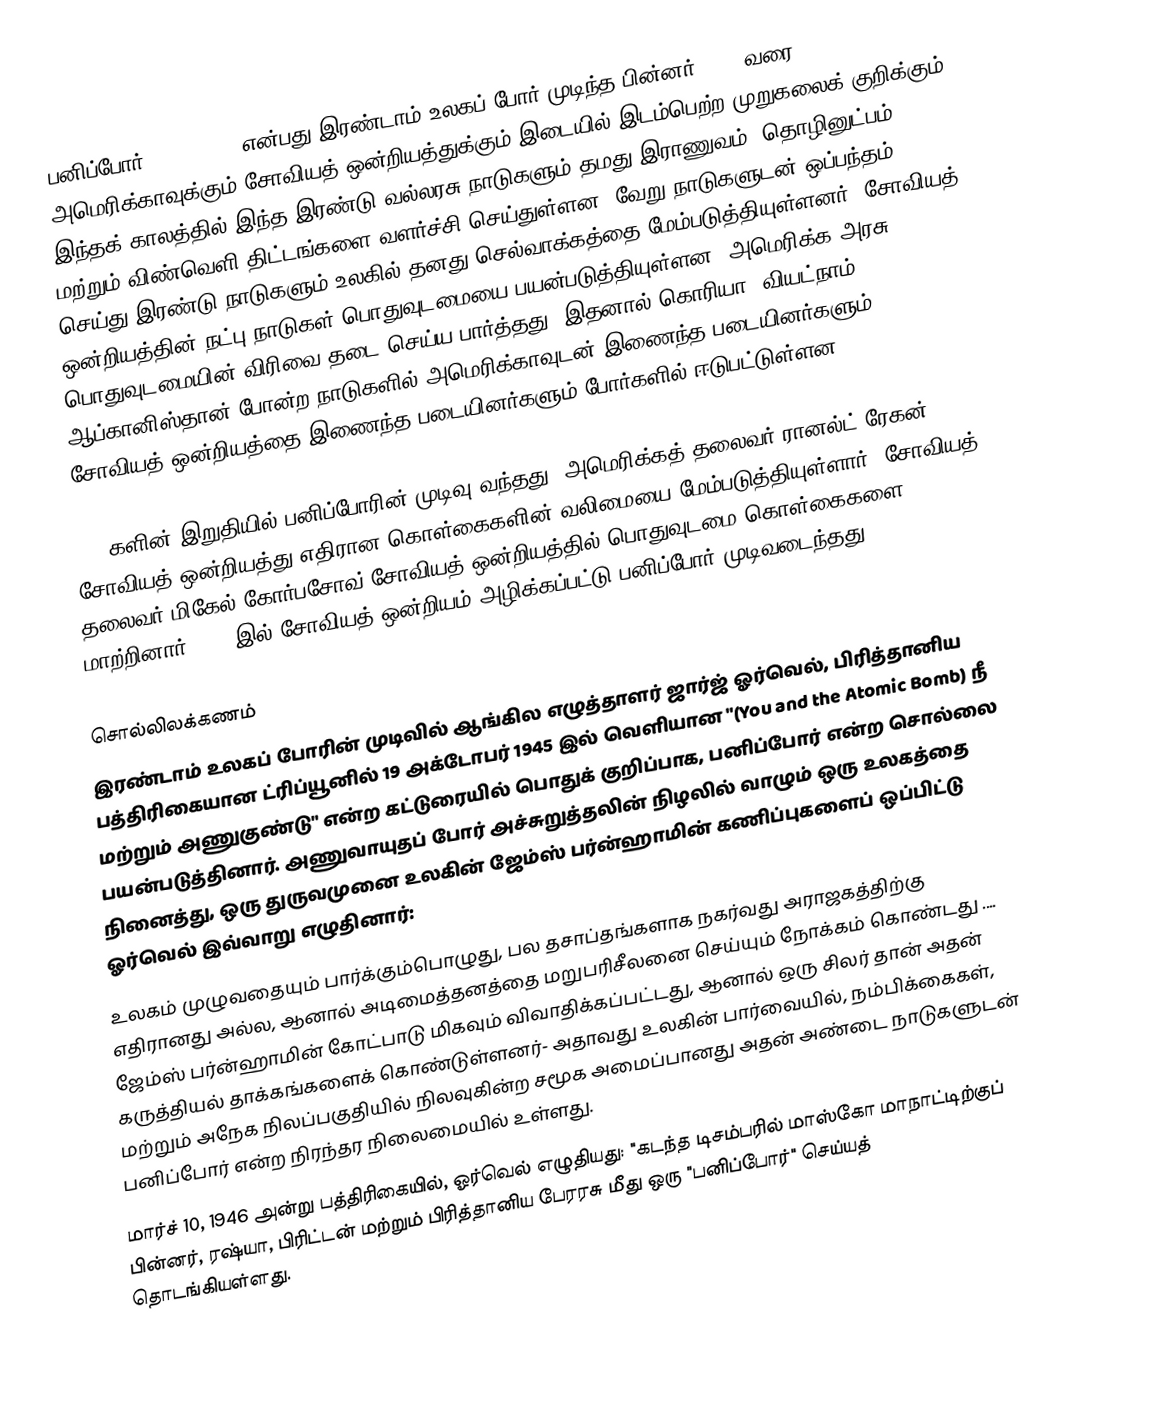
பனிப்போர் (Cold War) என்பது இரண்டாம் உலகப் போர் முடிந்த பின்னர் 1990 வரை அமெரிக்காவுக்கும் சோவியத் ஒன்றியத்துக்கும் இடையில் இடம்பெற்ற முறுகலைக் குறிக்கும். இந்தக் காலத்தில் இந்த இரண்டு வல்லரசு நாடுகளும் தமது இராணுவம், தொழினுட்பம், மற்றும் விண்வெளி திட்டங்களை வளர்ச்சி செய்துள்ளன. வேறு நாடுகளுடன் ஒப்பந்தம் செய்து இரண்டு நாடுகளும் உலகில் தனது செல்வாக்கத்தை மேம்படுத்தியுள்ளனர். சோவியத் ஒன்றியத்தின் நட்பு நாடுகள் பொதுவுடமையை பயன்படுத்தியுள்ளன. அமெரிக்க அரசு பொதுவுடமையின் விரிவை தடை செய்ய பார்த்தது. இதனால் கொரியா, வியட்நாம், ஆப்கானிஸ்தான் போன்ற நாடுகளில் அமெரிக்காவுடன் இணைந்த படையினர்களும் சோவியத் ஒன்றியத்தை இணைந்த படையினர்களும் போர்களில் ஈடுபட்டுள்ளன.

1980களின் இறுதியில் பனிப்போரின் முடிவு வந்தது. அமெரிக்கத் தலைவர் ரானல்ட் ரேகன் சோவியத் ஒன்றியத்து எதிரான கொள்கைகளின் வலிமையை மேம்படுத்தியுள்ளார். சோவியத் தலைவர் மிகேல் கோர்பசோவ் சோவியத் ஒன்றியத்தில் பொதுவுடமை கொள்கைகளை மாற்றினார். 1991இல் சோவியத் ஒன்றியம் அழிக்கப்பட்டு பனிப்போர் முடிவடைந்தது.

சொல்லிலக்கணம்
இரண்டாம் உலகப் போரின் முடிவில் ஆங்கில எழுத்தாளர் ஜார்ஜ் ஓர்வெல், பிரித்தானிய பத்திரிகையான ட்ரிப்யூனில் 19 அக்டோபர் 1945 இல் வெளியான "(You and the Atomic Bomb) நீ மற்றும் அணுகுண்டு" என்ற கட்டுரையில் பொதுக் குறிப்பாக, பனிப்போர் என்ற சொல்லை பயன்படுத்தினார். அணுவாயுதப் போர் அச்சுறுத்தலின் நிழலில் வாழும் ஒரு உலகத்தை நினைத்து, ஒரு துருவமுனை உலகின் ஜேம்ஸ் பர்ன்ஹாமின் கணிப்புகளைப் ஒப்பிட்டு ஓர்வெல் இவ்வாறு எழுதினார்:
உலகம் முழுவதையும் பார்க்கும்பொழுது, பல தசாப்தங்களாக நகர்வது அராஜகத்திற்கு எதிரானது அல்ல, ஆனால் அடிமைத்தனத்தை மறுபரிசீலனை செய்யும் நோக்கம் கொண்டது .... ஜேம்ஸ் பர்ன்ஹாமின் கோட்பாடு மிகவும் விவாதிக்கப்பட்டது, ஆனால் ஒரு சிலர் தான் அதன் கருத்தியல் தாக்கங்களைக் கொண்டுள்ளனர்- அதாவது உலகின் பார்வையில், நம்பிக்கைகள், மற்றும் அநேக நிலப்பகுதியில் நிலவுகின்ற சமூக அமைப்பானது அதன் அண்டை நாடுகளுடன் பனிப்போர்  என்ற நிரந்தர நிலைமையில் உள்ளது.
மார்ச் 10, 1946 அன்று பத்திரிகையில், ஓர்வெல் எழுதியது: "கடந்த டிசம்பரில் மாஸ்கோ மாநாட்டிற்குப் பின்னர், ரஷ்யா, பிரிட்டன் மற்றும் பிரித்தானிய பேரரசு மீது ஒரு "பனிப்போர்" செய்யத் தொடங்கியள்ளது.